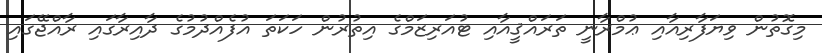
މިގޮތުން ވިޔަފާރިއާއި ޢުމްރާނީ ތަރައްޤީއާއި ޓުއަރިޒަމްގެ އިތުރުން ހަކަތަ އުފެއްދުމުގެ ދާއިރާގައި ރާއްޖޭގައި